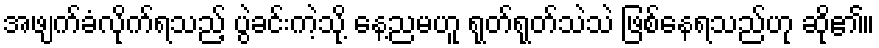
အဖျက်ခံလိုက်ရသည့် ပွဲခင်းကဲ့သို့ နေ့ညမဟူ ရုတ်ရုတ်သဲသဲ ဖြစ်နေရသည်ဟု ဆို၏။